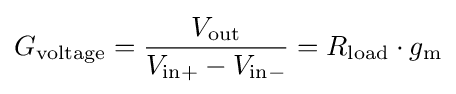
G_{\mathrm {voltage} }={V_{\mathrm {out} } \over V_{\mathrm {in+} }-V_{\mathrm {in-} }}=R_{\mathrm {load} }\cdot g_{\mathrm {m} }